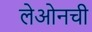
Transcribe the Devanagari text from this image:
लेओनची